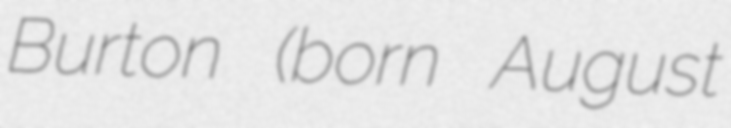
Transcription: Burton (born August